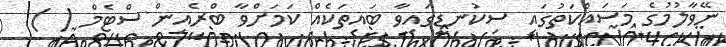
ނޭވާލުމުގެ މަސައްކަތުގައި ސިކުނޑީގައިވާ ބައިތަކެއް ކަމަށްވާ ބްރެއިން ސްޓެމް ( )